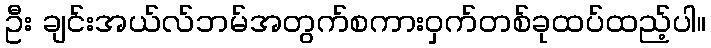
ဦး ချင်းအယ်လ်ဘမ်အတွက်စကားဝှက်တစ်ခုထပ်ထည့်ပါ။